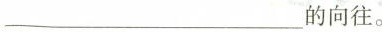
___的向往。